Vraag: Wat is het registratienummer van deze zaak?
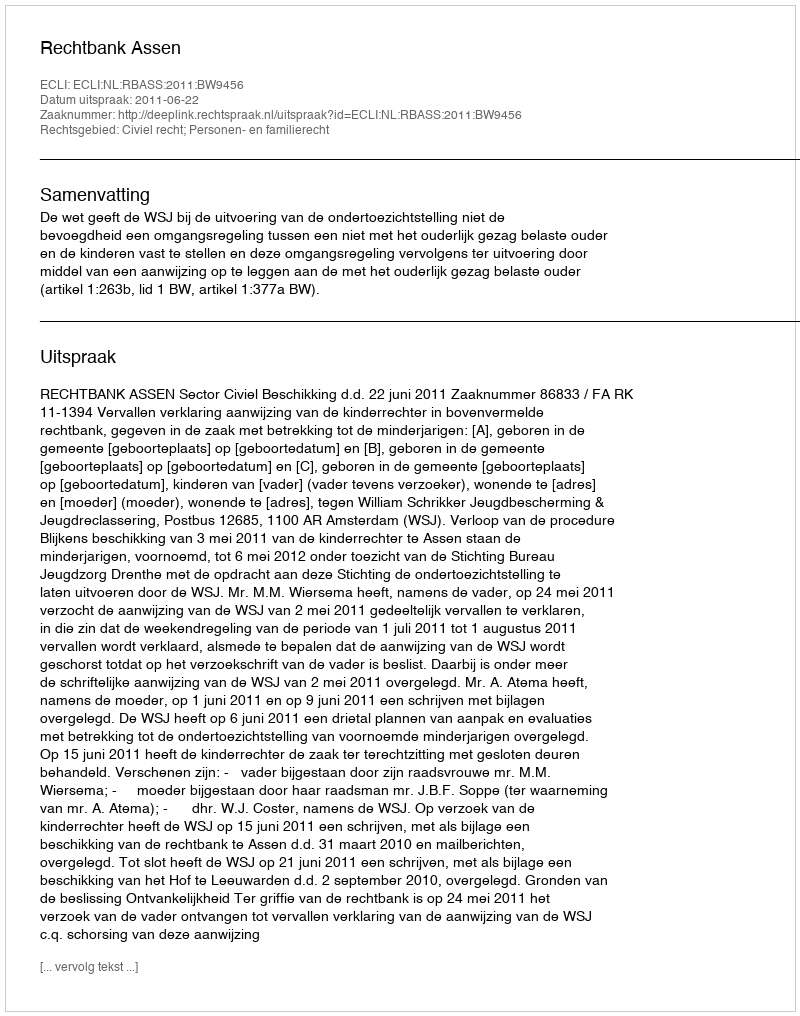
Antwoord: http://deeplink.rechtspraak.nl/uitspraak?id=ECLI:NL:RBASS:2011:BW9456